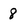
Character: 8